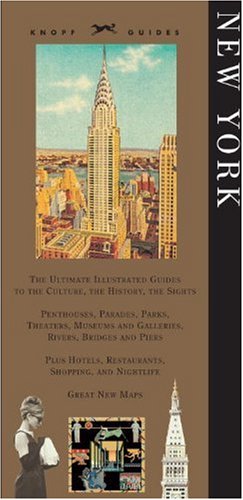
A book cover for Knopf Guide: New York (Knopf Guides); Knopf Guides; Travel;